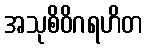
အသုစိဝိဂရဟိတ